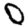
Digit: 0